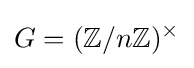
G=(\mathbb {Z} /n\mathbb {Z} )^{\times }